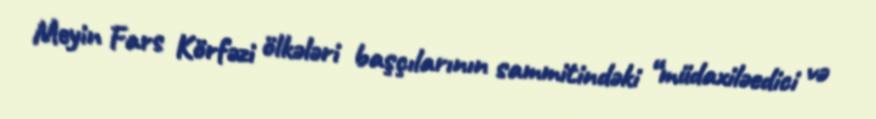
Meyin Fars Körfəzi ölkələri başçılarının sammitindəki “müdaxiləedici və